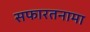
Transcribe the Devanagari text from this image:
सफारतनामा